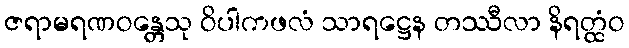
ဇရာမရဏဝန္တေသု ဝိပါကဖလံ သာရဋ္ဌေန တဿီလာ နိရတ္ထံဝ